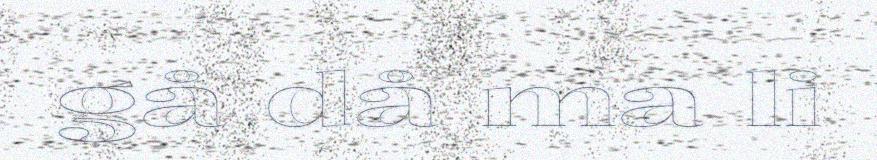
gå då ma li